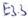
Text: E3.3